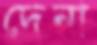
দেনা